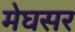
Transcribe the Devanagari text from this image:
मेघसर